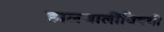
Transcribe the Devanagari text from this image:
हालचालींविषयी